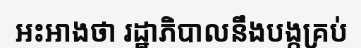
អះអាងថា រដ្ឋាភិបាលនឹងបង្កគ្រប់